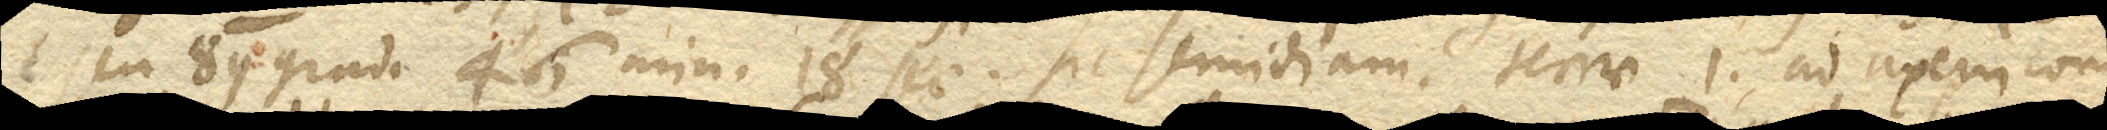
seu 89 grad. 46’ min. 18’’ sec. sic semidiam. terrae 1. ad axem coni